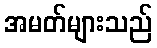
အမတ်များသည်